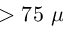
> 7 5 ~ \mu